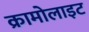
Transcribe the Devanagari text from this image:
क्रामोलाइट